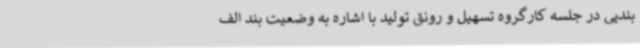
بندپی در جلسه کارگروه تسهیل و رونق تولید با اشاره به وضعیت بند الف